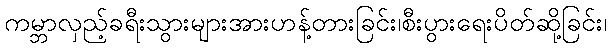
ကမ္ဘာလှည့်ခရီးသွားများအားဟန့်တားခြင်း၊စီးပွားရေးပိတ်ဆို့ခြင်း၊